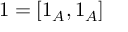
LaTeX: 1 = [ 1 _ { A } , 1 _ { A } ]